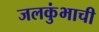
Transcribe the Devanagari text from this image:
जलकुंभाची